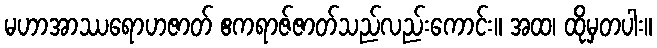
မဟာအာဿရောဟဇာတ် ဧကရာဇ်ဇာတ်သည်လည်းကောင်း။ အထ၊ ထိုမှတပါး။